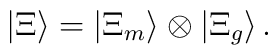
|\Xi\rangle = |\Xi_m\rangle \otimes |\Xi_{g}\rangle \,.